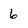
Character: 6